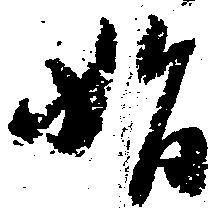
始